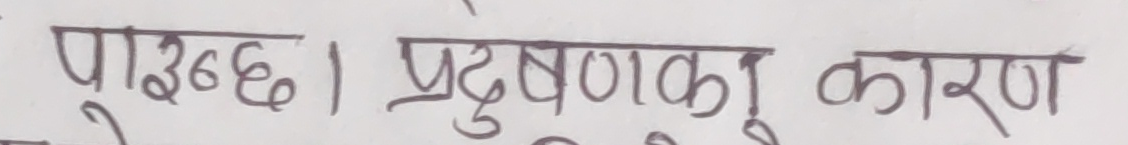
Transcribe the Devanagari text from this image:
पुग्दछ। प्रदूषणको कारण